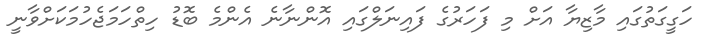
ހަގީގަތުގައި މާޒިޔާ އަށް މި ފަހަރުގެ ފައިނަލްގައި އޮންނާނެ އެންމެ ބޮޑު ހިތްހަމަޖެހުމަކަށްވާނީ